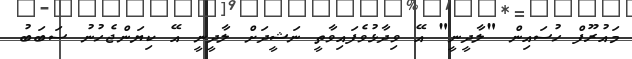
މައުރޫފް ހުސައިން "ލާދީނީ" އޭ ވިދާޅުވެފައިވާތީ ނަޝީދަށް ލާދީނީ އޭ ކިޔަންޖެހުނު ސަބަބު